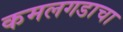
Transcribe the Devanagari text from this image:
कमलगडाचा